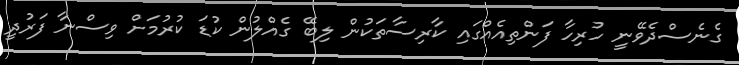
ގެނެސްދެވޭނީ ހުރިހާ ފަންތިއެއްގައި ކާރިސާތަކުން ލިބޭ ގެއްލުން ކުޑަ ކުރުމަށް ވިސްނާ ފަރުދީ